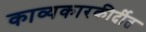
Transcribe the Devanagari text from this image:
काव्यकारकीर्दीत